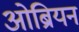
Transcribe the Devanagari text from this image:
ओब्रियन